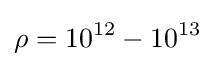
\rho =10^{12}-10^{13}